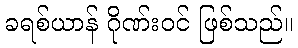
ခရစ်ယာန် ဂိုဏ်းဝင် ဖြစ်သည်။